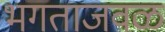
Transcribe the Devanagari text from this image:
भगताजवळ